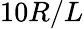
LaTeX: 10R/L